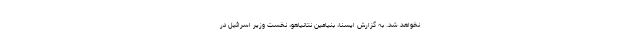
نخواهد شد. به گزارش ایسنا، بنیامین نتانیاهو، نخست وزیر اسرائیل در